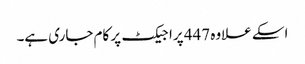
اسکے علاوہ 447 پراجیکٹ پر کام جاری ہے۔